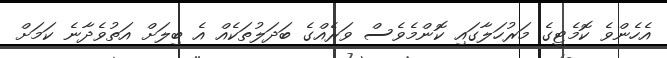
އެހެންވެ ކޮމެޓީގެ މަރުހަލާގައި ކޮންމެވެސް ވަރެއްގެ ބަދަލުތަކެއް އެ ބިލަށް އަތުވެދާނެ ކަމަށް